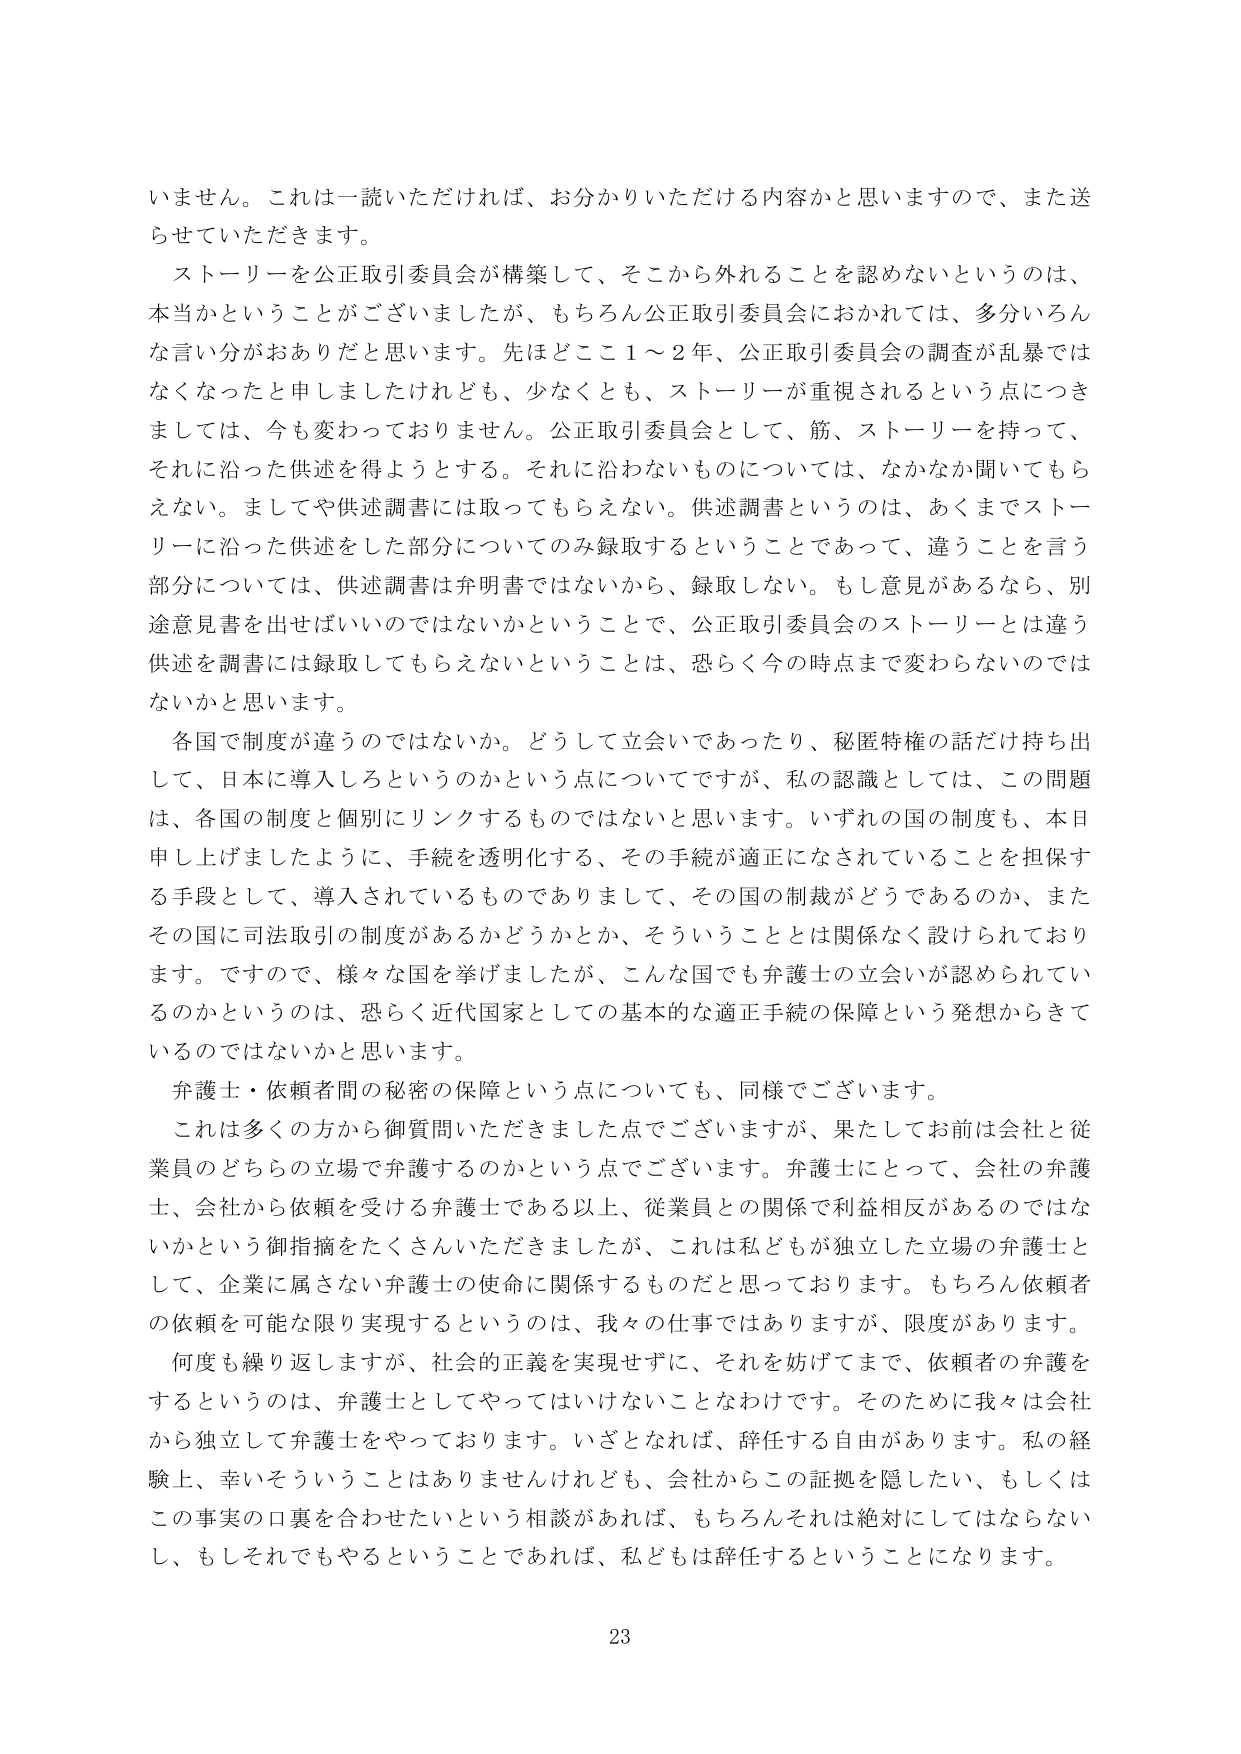
いません。これは一読いただければ、お分かりいただける内容かと思いますので、また送らせていただきます。

ストーリーを公正取引委員会が構築して、そこから外れることを認めないというのは、本当かということがございましたが、もちろん公正取引委員会におかれては、多分いろんな言い分がおありだと思います。先ほどどこ１～２年、公正取引委員会の調査が乱暴ではなくなったと申しましたけれども、少なくとも、ストーリーが重視されるという点につきましては、今も変わっておりません。公正取引委員会として、筋、ストーリーを持って、それに沿った供述を得ようとする。それに沿わないものについては、なかなか聞いてもらえない。ましてや供述調書には取ってもらえない。供述調書というのは、あくまでストーリーに沿った供述をした部分についてのみ録取するということであって、違うことを言う部分については、供述調書は弁明書ではないから、録取しない。もし意見があるなら、別途意見書を出せばいいのではないかということで、公正取引委員会のストーリーとは違う供述を調書には録取してもらえないということは、恐らく今の時点まで変わらないのではないかと思います。

各国で制度が違うのではないか。どうして立会いであったり、秘匿特権の話だけ持ち出して、日本に導入しろというのかという点についてですが、私の認識としては、この問題は、各国の制度と個別にリンクするものではないと思います。いずれの国の制度も、本日申し上げましたように、手続を透明化する、その手続が適正になされていることを担保する手段として、導入されているものでありまして、その国の制裁がどうであるのか、またその国に司法取引の制度があるかどうかとか、そういうこととは関係なく設けられております。ですので、様々な国を挙げましたが、こんな国でも弁護士の立会いが認められているのかというのは、恐らく近代国家としての基本的な適正手続の保障という発想からきているのではないかと思います。

弁護士・依頼者間の秘密の保障という点についても、同様でございます。

これは多くの方から御質問いただきました点でございますが、果たしてお前は会社と従業員のどちらの立場で弁護するのかという点でございます。弁護士にとって、会社の弁護士、会社から依頼を受ける弁護士である以上、従業員との関係で利益相反があるのではないかという御指摘をたくさんいただきましたが、これは私どもが独立した立場の弁護士として、企業に属さない弁護士の使命に関係するものだと思っております。もちろん依頼者の依頼を可能な限り実現するというのは、我々の仕事ではありますが、限度があります。

何度も繰り返しますが、社会的正義を実現せずに、それを妨げてまで、依頼者の弁護をするというのは、弁護士としてやってはいけないことなわけです。そのために我々は会社から独立して弁護士をやっております。いざとなれば、辞任する自由があります。私の経験上、幸いそういうことはありませんけれども、会社からこの証拠を隠したい、もしくはこの事実の口裏を合わせたいという相談があれば、もちろんそれは絶対にしてはならないし、もしそれでもやるということであれば、私どもは辞任することになります。

23